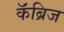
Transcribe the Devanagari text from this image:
कॅंब्रिज